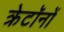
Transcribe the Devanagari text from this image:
क्रेटॉनों